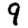
Digit: 9